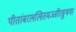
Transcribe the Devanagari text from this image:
पीतांबरललितमज्जीरसुभगा